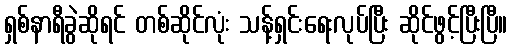
ရှစ်နာရီခွဲဆိုရင် တစ်ဆိုင်လုံး သန့်ရှင်းရေးလုပ်ပြီး ဆိုင်ဖွင့်ပြီးပြီ။